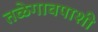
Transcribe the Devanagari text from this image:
तळेगावपाशी